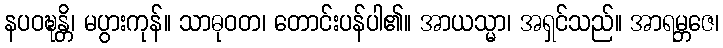
နပဝဍ္ဎန္တိ၊ မပွားကုန်။ သာဓုဝတ၊ တောင်းပန်ပါ၏။ အာယသ္မာ၊ အရှင်သည်။ အာရမ္ဘဇေ၊